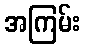
အကြမ်း